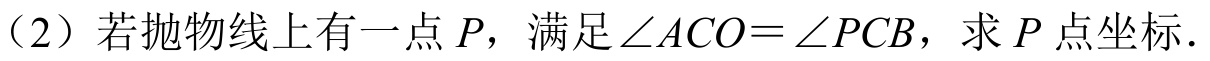
（2）若抛物线上有一点$P$，满足$\angle ACO=\angle PCB$，求$P$点坐标.